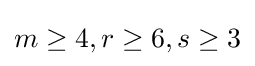
m\geq 4,r\geq 6,s\geq 3